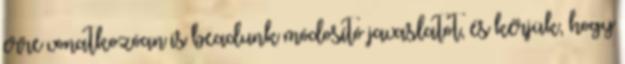
erre vonatkozóan is beadunk módosító javaslatot, és kérjük, hogy